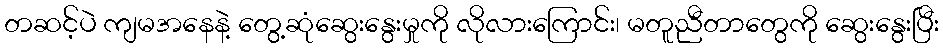
တဆင့်ပဲ ကျမအနေနဲ့ တွေ့ဆုံဆွေးနွေးမှုကို လိုလားကြောင်း၊ မတူညီတာတွေကို ဆွေးနွေးပြီး